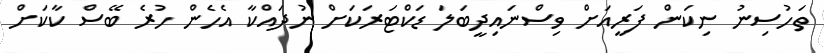
ތަހުސިނު ނިކަން ފަރީއަށް ވިސްނައިދީބަލަ ޑަކްޓަރަކަށް ނުދައްކާ އެހެން ހުރެ ބޭސް ކާކަށް